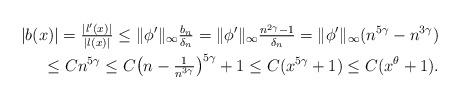
LaTeX: \begin{align*} |b(x)| = \tfrac{|l'(x)|}{|l(x)|} \le \| \phi'\|_{\infty} \tfrac{b_n}{ \delta_n} = \| \phi'\|_{\infty} \tfrac{ n^{2\gamma} -1}{ \delta_n} = \| \phi'\|_{\infty}(n^{5 \gamma } - n^{3\gamma})\\ \le C n^{5 \gamma} \le C \big( n - \tfrac{1}{n^{3 \gamma}} \big)^{5 \gamma} + 1 \le C( x^{5 \gamma} + 1) \le C( x^{\theta} + 1). \end{align*}